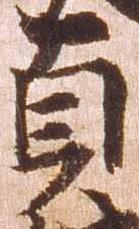
貞